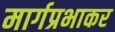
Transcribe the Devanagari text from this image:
मार्गप्रभाकर